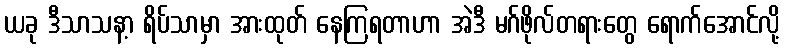
ယခု ဒီသာသနာ့ ရိပ်သာမှာ အားထုတ် နေကြရတာဟာ အဲဒီ မဂ်ဖိုလ်တရားတွေ ရောက်အောင်လို့